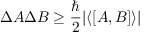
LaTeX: \Delta A \Delta B \ge \frac { \hbar } { 2 } \vert \langle [ A , B ] \rangle \vert